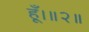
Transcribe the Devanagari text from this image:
हूँ।॥२॥